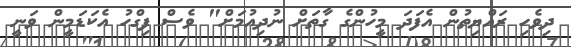
ދިވެހި ރައްޔިތުން އެފަދަ މީހުންގެ ގާތަށް ނުދިއުމަށް" ވެސް ފިގްހު އެކަޑަމީން ވަނީ